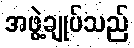
အဖွဲ့ချုပ်သည်